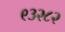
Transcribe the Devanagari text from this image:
९३२८२